Eestimaa_Kommunistliku_Partei_Keskkomitee, lk 139
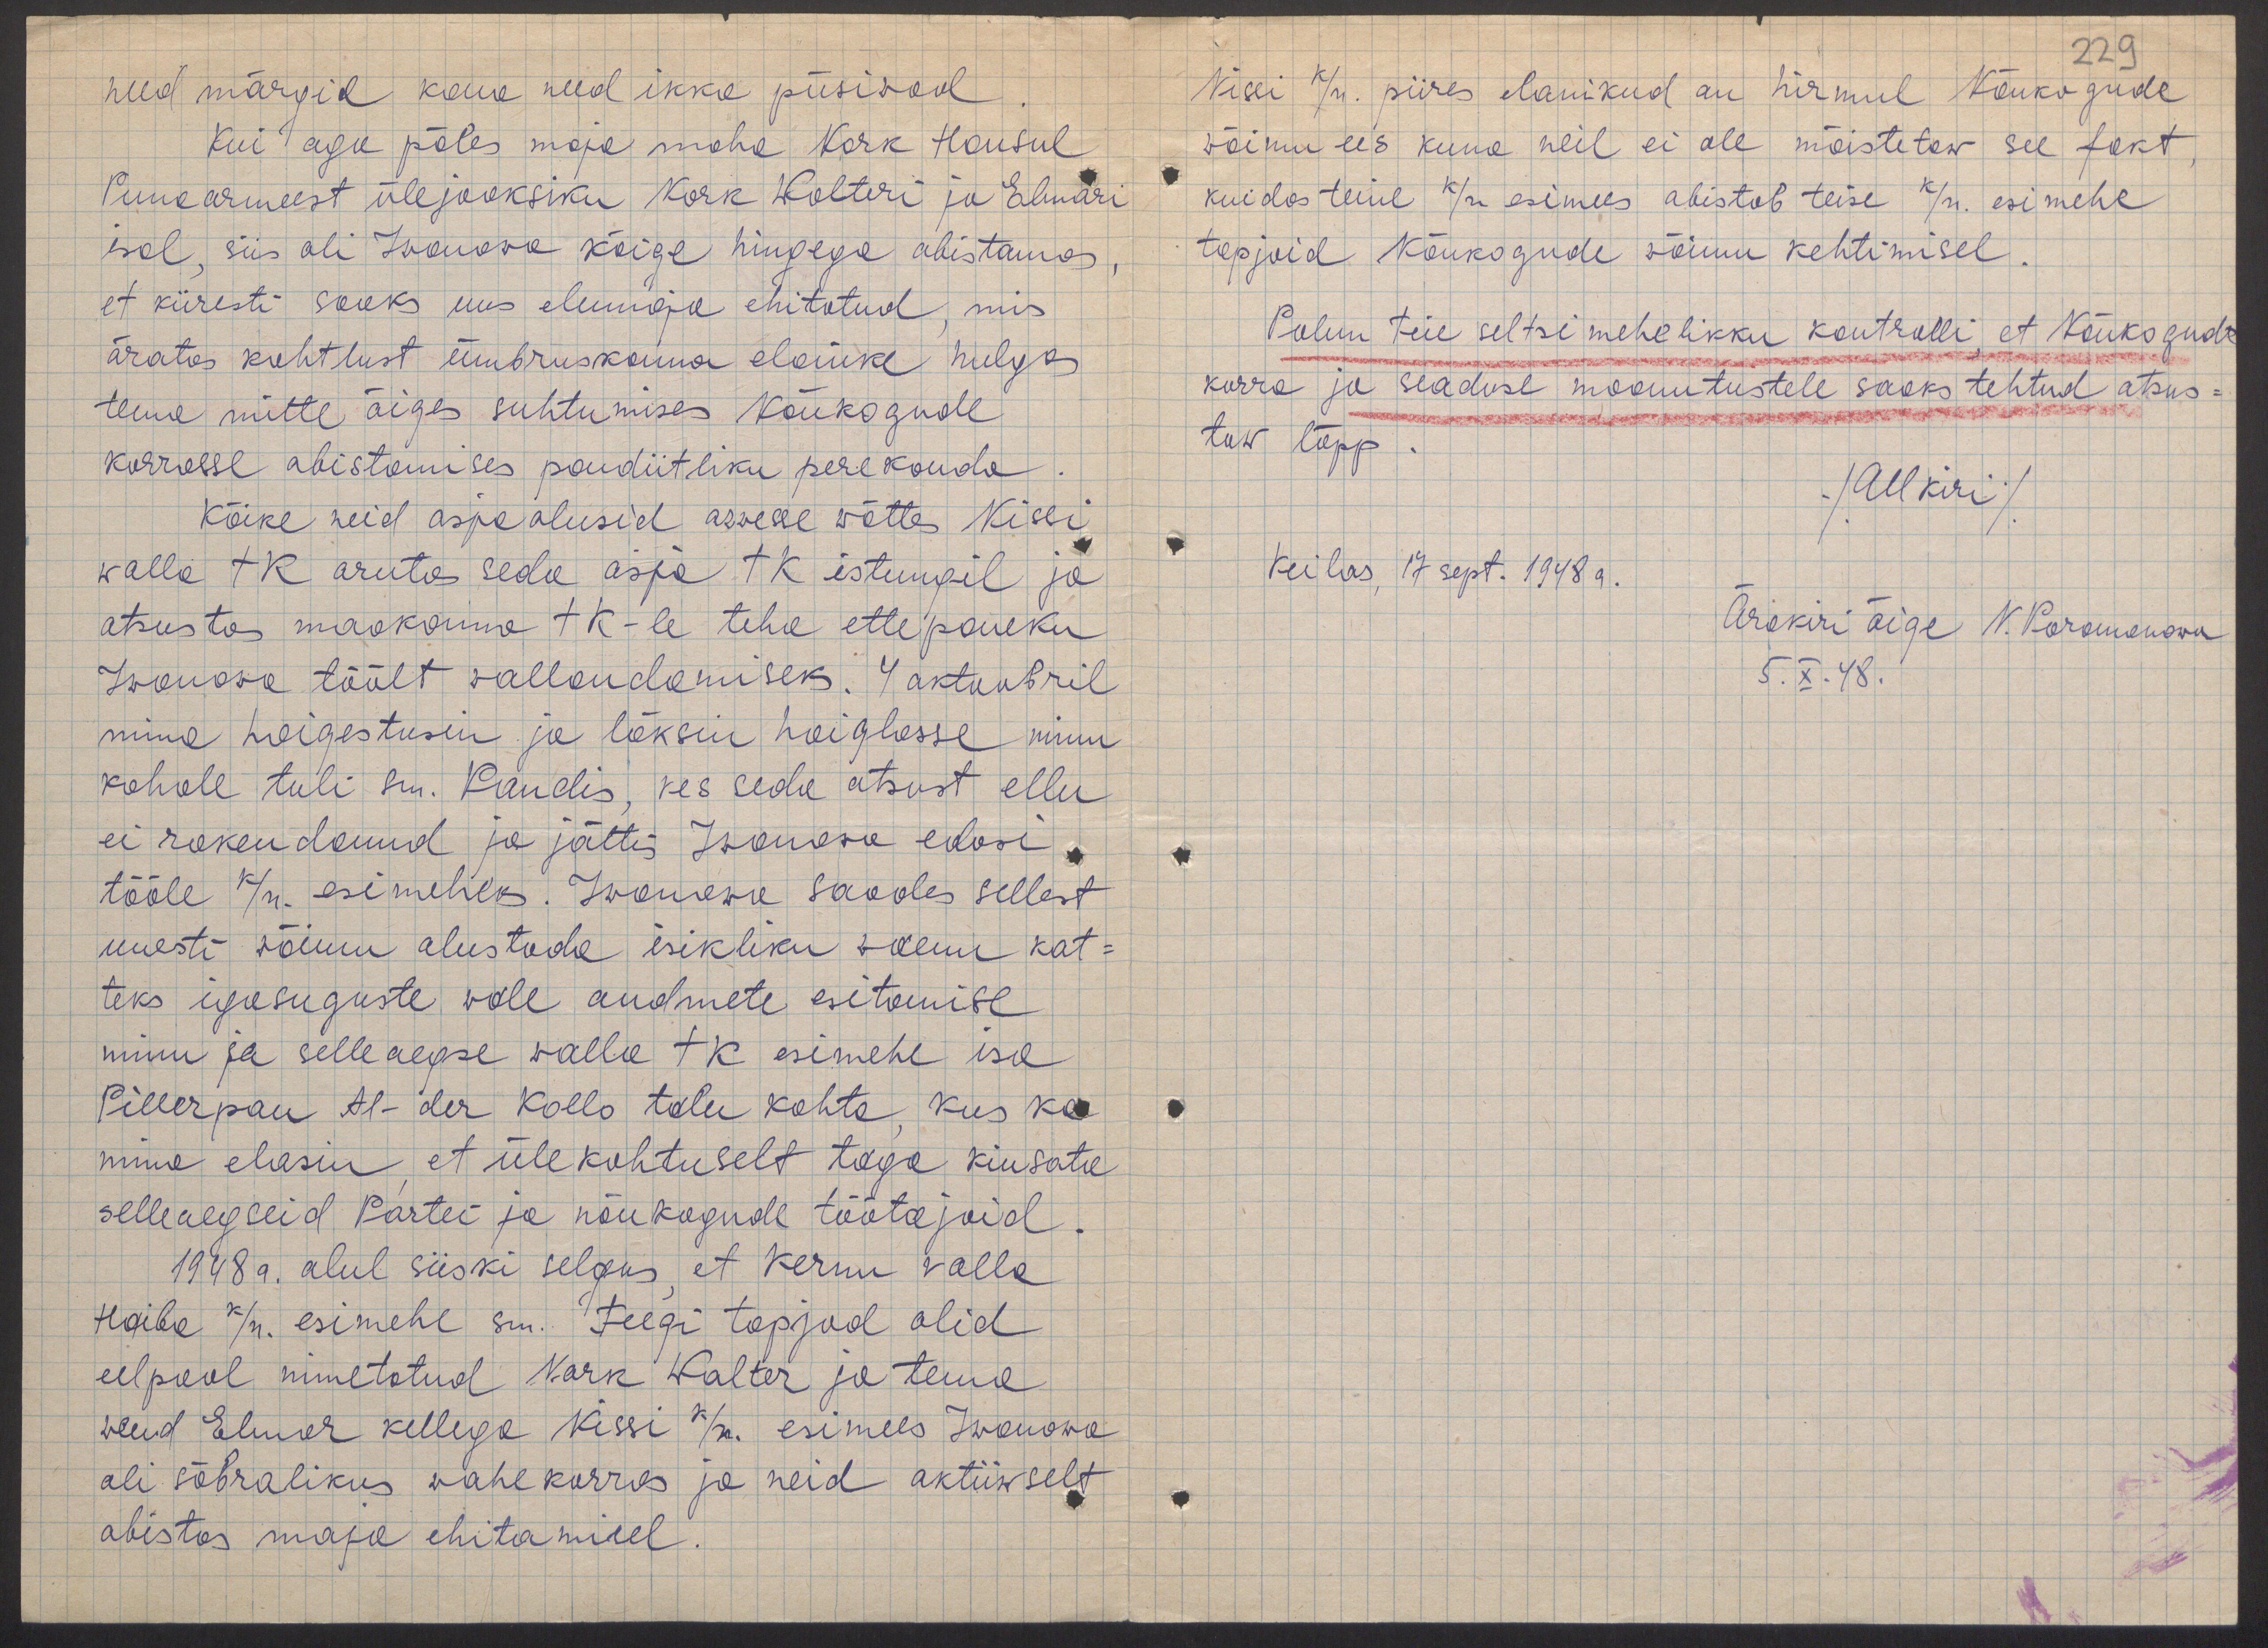
229

need märgid kaua need ikka püsivad
Kui aga põles maja maha Nork Hansul
Punaarmeest ülejooksiku Nork Walteri ja Elmari
isal, siis oli Iwanowa kõige hingega abistamas,
et kiiresti saaks uus elumaja ehitatud, mis
äratas kahtlust ümbruskonna elanike hulgas
tema mitte õiges suhtumises Nõukogude
korrasse abistamises pandiitliku perekonda
Kõike neid asjaolusid arwesse wõttes Nissi
walla TK arutas seda asja TK istungil ja
otsustas maakonna TK-le teha ettepaneku
Iwanowa töölt wallandamiseks. 4 oktoobril
mina haigestusin ja läksin haiglasse minu
kohale tuli sm. Kandis, kes seda otsust ellu
ei rakendanud ja jättis Iwanowa edasi
tööle k/n. esimeheks. Iwanowa saades sellest
uuesti wõimu alustada isikliku waenu kat-
teks igusuguste wale andmete esitamise
minu ja selleaegse walla TK esimehe isa
Pillerpau Al-der Kollo talu kohta, kus ka
mina elasin et ülekohtuselt taga kiusata
selleaegseid Partei ja nõukogude töötajaid.
1948 a. alul siiski selgus, et Kernu valla
Haiba k/n. esimehe sm. Teegi tapjad olid
eelpool nimetatud Nork Walter ja tema
wend Elmar kellega Nissi k/n. esimees Iwanowa
oli sõbralikus vahekorras ja neid aktiiwselt
abistas maja ehitamisel

Nissi k/n. piires elanikud on hirmul Nõukogude
wõimu ees kuna neil ei ole mõistetaw see fakt
kuidas teine k/n esimees abistab teise k/n. esimehe
tapjaid Nõukogude wõimu kehtimisel.
Palun teie seltsimehelikku kontrolli, et Nõukogude
korra ja seaduse moonutustele saaks tehtud otsus-
taw lõpp
/Allkiri/
Keilas, 17 sept. 1948 a.
Ärakiri õige N. Koromanowa
5.X.48.